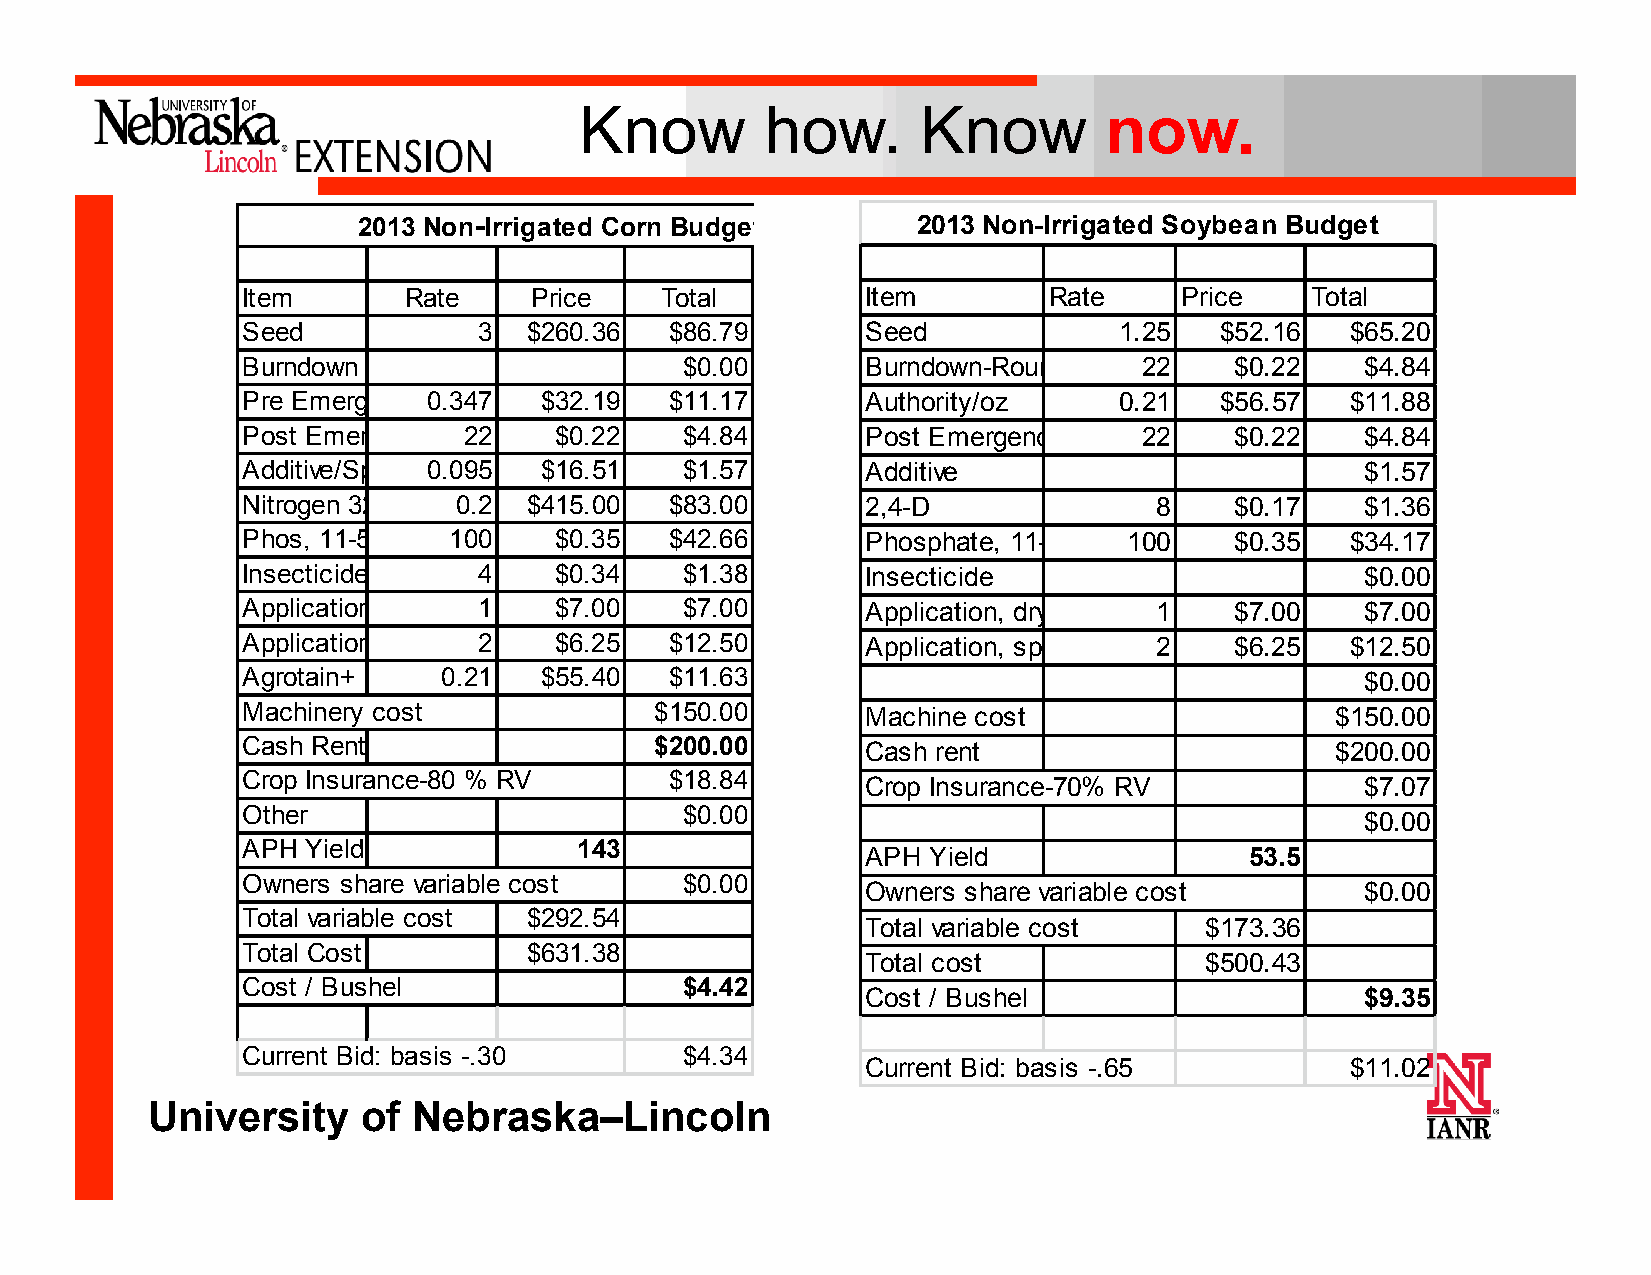
Know         how.      Know        now.
 2013 Non-Irrigated Corn Budget       2021031 3N oNno-nIr-rIrigriagtaetde dS Soyobyebaeann B Buuddggeett
 Item       Rate    Price    Total        Item        Rate     Price    Total
 Seed            3  $260.36  $86.79       Seed             1.25   $52.16  $65.20
 Burndown                     $0.00       Burndown-Roundup WM22    $0.22   $4.84
 Pre Emerge-Deg0r.e3e4 7Extra$/q3t2.19 $11.17 Authority/oz 0.21   $56.57  $11.88
 Post Emergence-R2o2undup $W0.M22/oz $4.84 Post Emergence-Round2u2p WM$/o0z.22 $4.84
 Additive/Speedw0a.y095 $16.51 $1.57      Additive                         $1.57
 Nitrogen 32-0-0/ po0u.2nd $415.00 $83.00 2,4-D              8     $0.17   $1.36
 Phos, 11-52-0/pou1n0d0 $0.35 $42.66      Phosphate, 11-51-0 100   $0.35  $34.17
 Insecticide, Permeth4rin $0.34 $1.38     Insecticide                      $0.00
 Application, Dry ferti1lizer $7.00 $7.00 Application, dry fertilizer1 $7.00 $7.00
 Application, Spray 2 $6.25  $12.50       Application, spray 2     $6.25  $12.50
 Agrotain+    0.21   $55.40  $11.63                                        $0.00
 Machinery cost             $150.00       Machine cost                   $150.00
 Cash Rent                  $200.00       Cash rent                      $200.00
 Crop Insurance-80 % RV      $18.84
 Crop Insurance-70% RV            $7.07
 Other                        $0.00
 $0.00
 APH Yield             143
 APH Yield                 53.5
 Owners share variable cost   $0.00
 Owners share variable cost       $0.00
 Total variable cost $292.54
 Total variable cost    $173.36
 Total Cost         $631.38
 Total cost             $500.43
 Cost / Bushel                $4.42
 Cost / Bushel                    $9.35
 Current Bid: basis -.30      $4.34
 Current Bid: basis -.65         $11.02
 University    of Nebraska–Lincoln